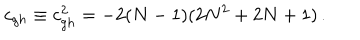
c _ { g h } \equiv c _ { g h } ^ { 2 } = - 2 ( N - 1 ) ( 2 N ^ { 2 } + 2 N + 1 ) \, .